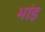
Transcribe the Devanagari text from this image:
भांड़